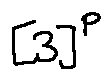
[ 3 ] ^ { P }